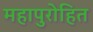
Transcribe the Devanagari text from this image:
महापुरोहित